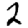
Digit: 2